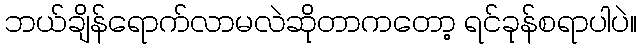
ဘယ်ချိန်ရောက်လာမလဲဆိုတာကတော့ ရင်ခုန်စရာပါပဲ။